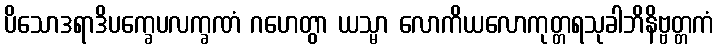
ပိသောဒရာဒိပက္ခေပလက္ခဏံ ဂဟေတွာ ယသ္မာ လောကိယလောကုတ္တရသုခါဘိနိဗ္ဗတ္တကံ